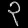
Digit: ၃